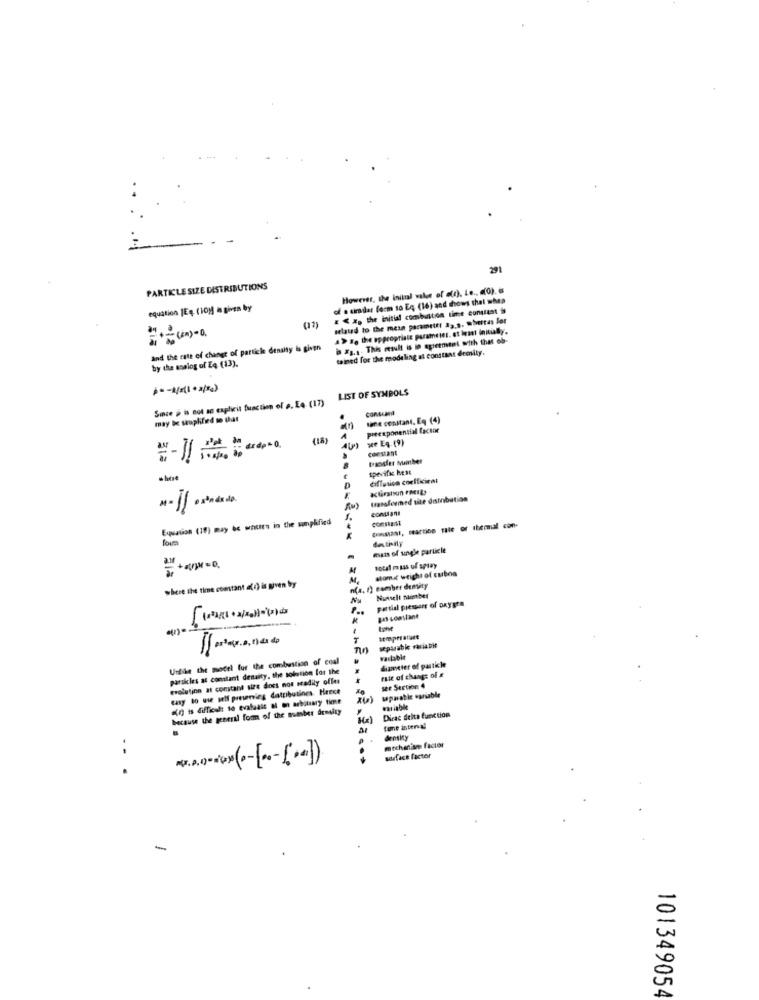
29
PARTICLE SIZE DISTRIBUTIONS
However, the initial value of a(r), Le .. (0).
of a cimidar form to Eg (16) and shows that wba
equation JEą (10) is given by
E &Xp the initial combustion time constant
(12)
Related to the mean parametr: 32.9. abertas lor
(A) - 0 ,
a> s. the appropriate parameter, at least initially.
#1.1. This result is in agreement with that ob-
and the rate of change of particle density is given
tained for the modeling at constant demily.
by the analog of EQ (13).
LIST OF SYMBOLS
Since & is cot an explicit function of a. Eo. (17)
may be seuphfed so that
lane constant. Eg (4)
preexponential factor
(18)
He Eg.(9)
constant
312
specific heat
diffusion coefficient
Kliration PHIL
transfermed site distribution
constant
Equation (19) may èc wnure in the simplified
constant
........
destiny
mars of single particle
total mass of splay
some weight of cubos
M.
where the time comtant al c) is given by
n(a. 1) comber density
Nu
Nunselt Number
partial prespare of oxygen
gas constant
temperature
separable mariabit
Unlike the model for the combustion of coal
variable
diameter of particle
parskles at constant density, the solution for the
rate of change of x
evolution at constant size does not stadily ofles
easy to use self preserving daattibutines. Herce
wpaable sansable
see Section 4
ag is difficult to evaluaic al an arbitrary time
because the general form of the number drmulty
Dirac Acita function
(E )
tone interval
mechanisme factor
surface factor
-
101349054